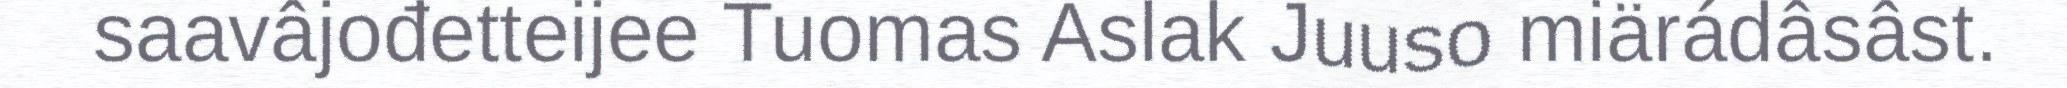
saavâjođetteijee Tuomas Aslak Juuso miärádâsâst.